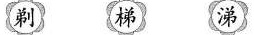
剃 梯 涕